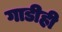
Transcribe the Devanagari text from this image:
गाडीही